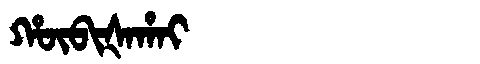
Manchu: ᡥᡡᠪᡳᡧᠠᡥᠠᡳ
Romanization: HŪBIŠAHAI